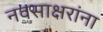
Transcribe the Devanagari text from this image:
नवसाक्षरांना